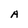
Character: A